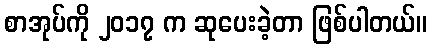
စာအုပ်ကို ၂၀၁၇ က ဆုပေးခဲ့တာ ဖြစ်ပါတယ်။